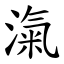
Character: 滊